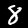
Label: 8